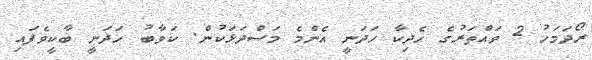
ރޯދަމަހު 2 ވައްތަރުގެ ހެދިކާ ހަދަނީ އެންމެ މަސްދަޅަކުން. ކަވާބު ހަދަނީ ބާކީވެފައި